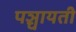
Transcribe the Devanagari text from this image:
पञ्चायती